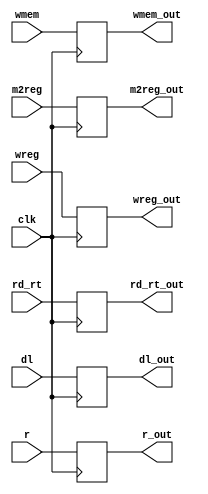
module EXE_MEM(wreg, m2reg, wmem, rd_rt, r, dl, wreg_out, m2reg_out, wmem_out, rd_rt_out, r_out, dl_out, clk);
    input wire wreg, m2reg, wmem;
    output reg wreg_out, m2reg_out, wmem_out;
    input wire [4:0] rd_rt; 
    output reg [4:0] rd_rt_out;
    input wire [31:0] r, dl;
    output reg [31:0] r_out, dl_out;
    input clk;
    
    always @ (posedge clk)
    begin
        wreg_out <= wreg;
        m2reg_out <= m2reg;
        wmem_out <= wmem;
        rd_rt_out <= rd_rt;
        r_out <= r;
        dl_out <= dl;
    end
endmodule